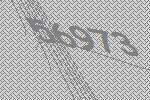
56973